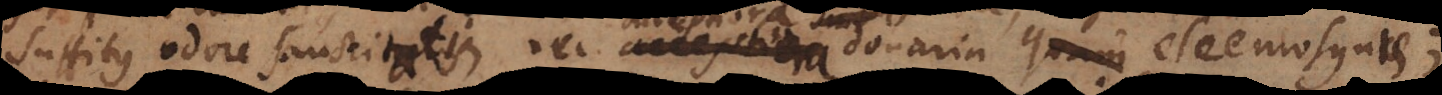
suffitus odore sanctitatis, nec acceptiora donaria quam eleemosynae